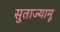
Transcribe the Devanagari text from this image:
सुताज्यामू